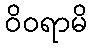
ဝိဝရာမိ